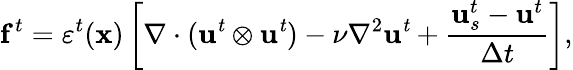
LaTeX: \mathbf{f}^{t}=\varepsilon^{t}(\mathbf{x})\left[\nabla\cdot(\mathit{\mathbf{u}^{t}}\otimes\mathit{\mathbf{u}^{t}})-\nu\nabla^{2}\mathit{\mathbf{u}^{t}}+\frac{\mathbf{u}_{s}^{t}-\mathbf{u}^{t}}{\Delta t}\right],